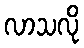
လာသလို